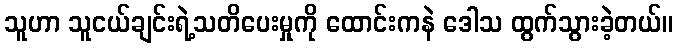
သူဟာ သူငယ်ချင်းရဲ့သတိပေးမှုကို ထောင်းကနဲ ဒေါသ ထွက်သွားခဲ့တယ်။